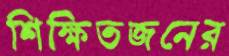
শিক্ষিতজনের